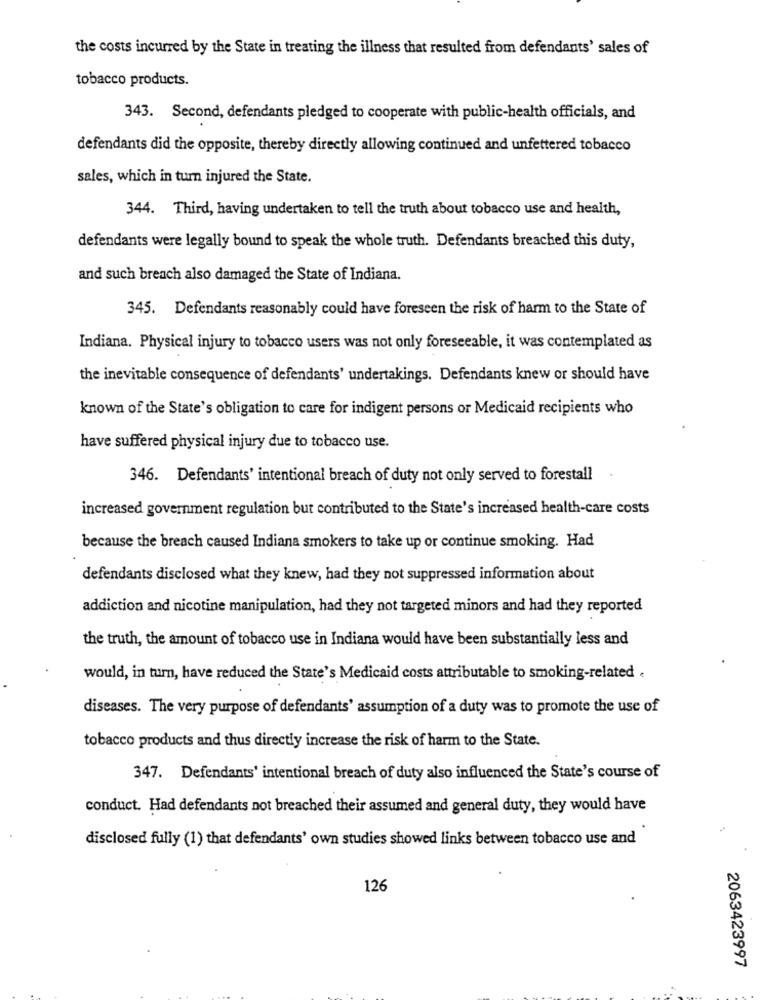
the costs incurred by the State in treating the illness that resulted from defendants' sales of
tobacco products.
343. Second, defendants pledged to cooperate with public-health officials, and
defendants did the opposite, thereby directly allowing continued and unfettered tobacco
sales, which in turn injured the State.
344. Third, having undertaken to tell the truth about tobacco use and health,
defendants were legally bound to speak the whole truth. Defendants breached this duty,
and such breach also damaged the State of Indiana.
345. Defendants reasonably could have foreseen the risk of harm to the State of
Indiana. Physical injury to tobacco users was not only foreseeable, it was contemplated as
the inevitable consequence of defendants' undertakings. Defendants knew or should have
known of the State's obligation to care for indigent persons or Medicaid recipients who
have suffered physical injury due to tobacco use.
346. Defendants' intentional breach of duty not only served to forestall
increased government regulation but contributed to the State's increased health-care costs
because the breach caused Indiana smokers to take up or continue smoking. Had
defendants disclosed what they knew, had they not suppressed information about
addiction and nicotine manipulation, had they not targeted minors and had they reported
the truth, the amount of tobacco use in Indiana would have been substantially less and
would, in turn, have reduced the State's Medicaid costs attributable to smoking-related .
diseases. The very purpose of defendants' assumption of a duty was to promote the use of
tobacco products and thus directly increase the risk of harm to the State.
347. Defendants' intentional breach of duty also influenced the State's course of
conduct. Had defendants not breached their assumed and general duty, they would have
disclosed fully (1) that defendants' own studies showed links between tobacco use and
126
2063423997